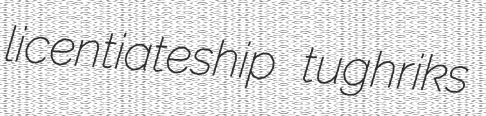
licentiateship tughriks